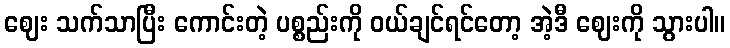
ဈေး သက်သာပြီး ကောင်းတဲ့ ပစ္စည်းကို ဝယ်ချင်ရင်တော့ အဲ့ဒီ ဈေးကို သွားပါ။